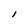
Character: I